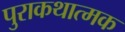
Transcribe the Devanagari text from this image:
पुराकथात्मक